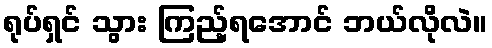
ရုပ်ရှင် သွား ကြည့်ရအောင် ဘယ်လိုလဲ။